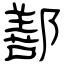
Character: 鄯